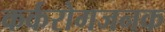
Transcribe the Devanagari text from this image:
कर्करोगजनक